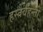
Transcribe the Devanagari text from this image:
हस्तैर्वहन्तीं